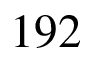
1 9 2